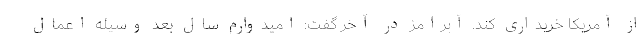
از آمریکا خریداری کند. آبرامز در آخر گفت: امیدوارم سال بعد وسیله اعمال